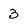
Character: 3